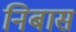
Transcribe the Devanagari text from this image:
निबास